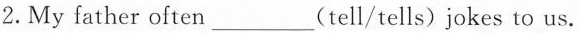
2.My father often___(tell/tells) jokes to us.